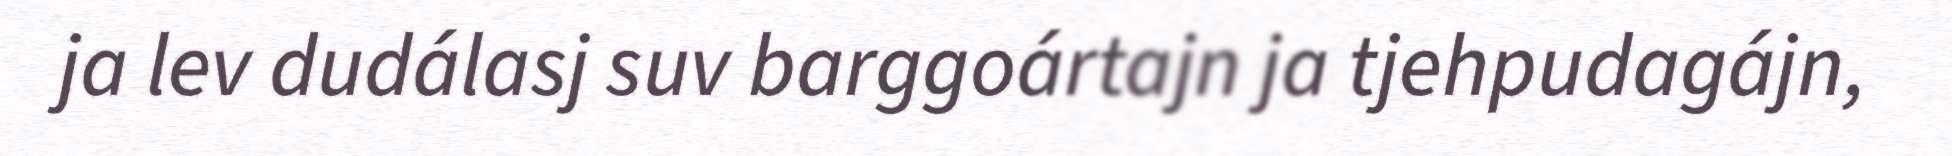
ja lev dudálasj suv barggoártajn ja tjehpudagájn,